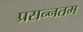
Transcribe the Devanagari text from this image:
प्रसन्नतम